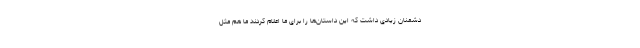
دشمنان زیادی داشت که این داستان‌ها را برای ما اعلام کردند ما هم مثل